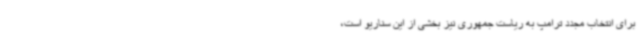
برای انتخاب مجدد ترامپ به ریاست جمهوری نیز بخشی از این سناریو است،